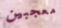
معجبين